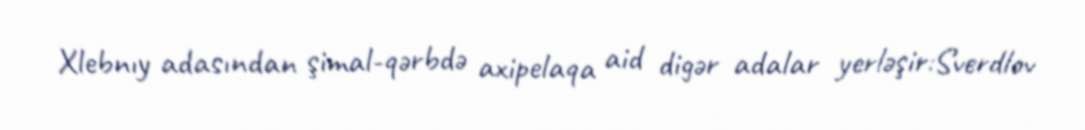
Xlebnıy adasından şimal-qərbdə axipelaqa aid digər adalar yerləşir:Sverdlov